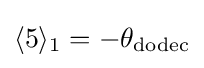
\langle 5\rangle _{1}=-\theta _{\mathrm {dodec} }